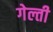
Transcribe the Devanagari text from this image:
गेल्ती